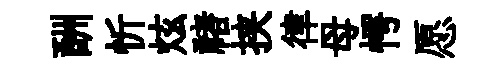
酬忻炫禇挟律母愕愿